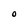
Character: o